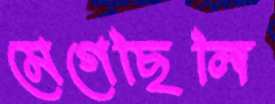
মেগেছিলি